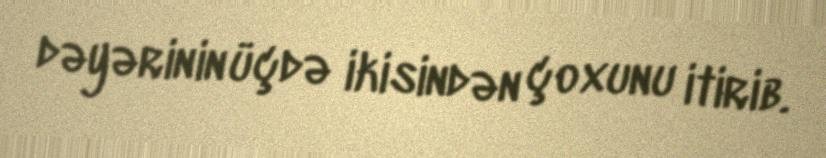
dəyərinin üçdə ikisindən çoxunu itirib.